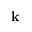
\mathbf k